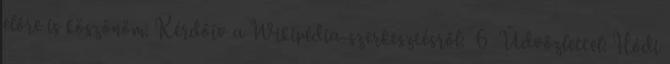
előre is köszönöm. Kérdőív a Wikipédia-szerkesztésről: 6 Üdvözlettel: Hódi